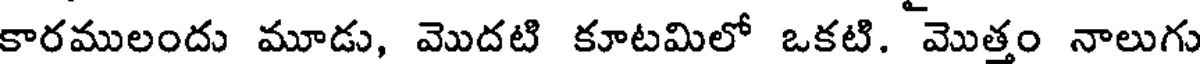
కారములందు మూడు, మొదటి కూటమిలో ఒకటి. మొత్తం నాలుగు